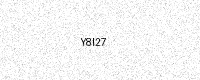
Text: Y8I27